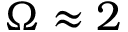
\Omega \approx 2